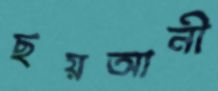
ছয়আনী